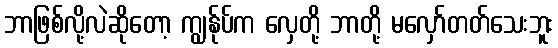
ဘာဖြစ်လို့လဲဆိုတော့ ကျွန်ုပ်က လှေတို့ ဘာတို့ မလှော်တတ်သေးဘူး